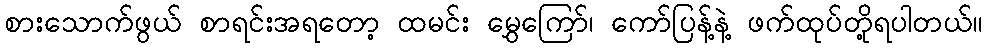
စားသောက်ဖွယ် စာရင်းအရတော့ ထမင်း မွှေကြော်၊ ကော်ပြန့်နဲ့ ဖက်ထုပ်တို့ရပါတယ်။